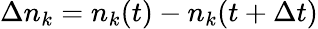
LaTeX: \Delta n_{k}=n_{k}(t)-n_{k}(t+\Delta t)